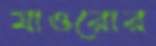
মাওরোর